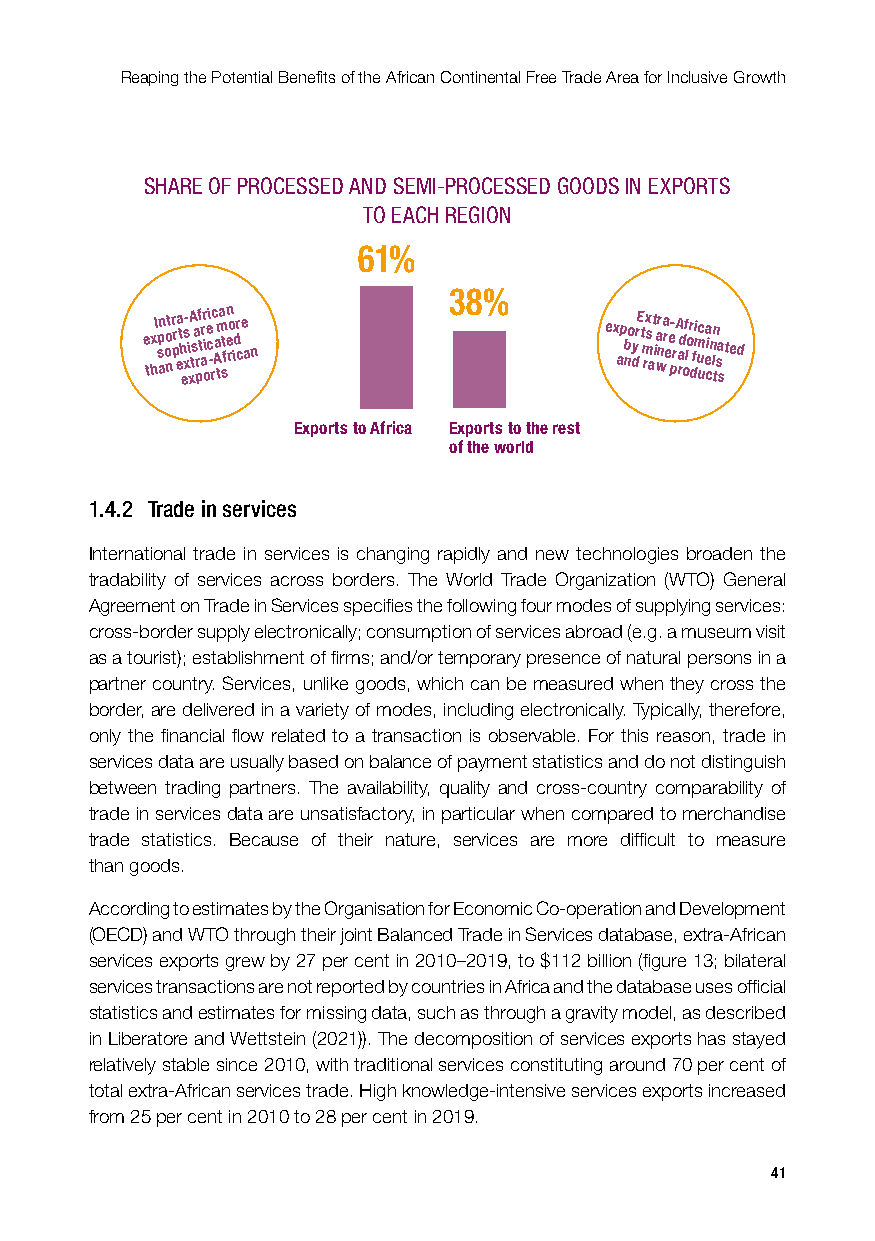
Reaping the Potential Benefits of the African Continental Free Trade Area for Inclusive Growth
 SHARE OF PROCESSED AND SEMI-PROCESSED GOODS IN EXPORTS
 TO EACH REGION
 61%
 38%
 e tx hI p s an oo ntr pr a et h es x- i xA tsa prf tr ar i oe ci - rc Aa tma st fn e ro id r c e a n ex ap nbo y drE t m rx s
 a
 t i war na r e e p- r A rad of lo r dfi m uc uea cin ln tsa
 s
 t ed
 Exports to Africa Exports to the rest
 of the world
 1.4.2 Trade in services
 International trade in services is changing rapidly and new technologies broaden the
 tradability of services across borders. The World Trade Organization (WTO) General
 Agreement on Trade in Services specifies the following four modes of supplying services:
 cross-border supply electronically; consumption of services abroad (e.g. a museum visit
 as a tourist); establishment of firms; and/or temporary presence of natural persons in a
 partner country. Services, unlike goods, which can be measured when they cross the
 border, are delivered in a variety of modes, including electronically. Typically, therefore,
 only the financial flow related to a transaction is observable. For this reason, trade in
 services data are usually based on balance of payment statistics and do not distinguish
 between trading partners. The availability, quality and cross-country comparability of
 trade in services data are unsatisfactory, in particular when compared to merchandise
 trade statistics. Because of their nature, services are more difficult to measure
 than goods.
 According to estimates by the Organisation for Economic Co-operation and Development
 (OECD) and WTO through their joint Balanced Trade in Services database, extra-African
 services exports grew by 27 per cent in 2010–2019, to $112 billion (figure 13; bilateral
 services transactions are not reported by countries in Africa and the database uses official
 statistics and estimates for missing data, such as through a gravity model, as described
 in Liberatore and Wettstein (2021)). The decomposition of services exports has stayed
 relatively stable since 2010, with traditional services constituting around 70 per cent of
 total extra-African services trade. High knowledge-intensive services exports increased
 from 25 per cent in 2010 to 28 per cent in 2019.
 41